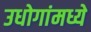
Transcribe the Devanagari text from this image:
उधोगांमध्ये